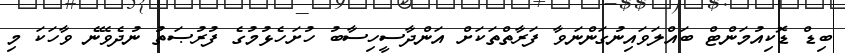
ބިޑް ޑޮކިއުމަންޓް ބައްލަވައިނުގަންނަވާ ފަރާތްތަކަށް އަންދާސީހިސާބު ހުށަހެޅުމުގެ ފުރުޞަތު ނުދެވޭނެ ވާހަކަ މި